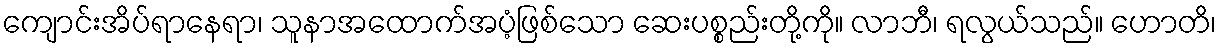
ကျောင်းအိပ်ရာနေရာ၊ သူနာအထောက်အပံ့ဖြစ်သော ဆေးပစ္စည်းတို့ကို။ လာဘီ၊ ရလွယ်သည်။ ဟောတိ၊